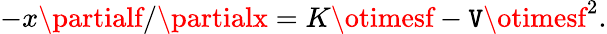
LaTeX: -x\partialf/\partialx=K\otimesf-\mathtt{V}\otimesf^{2}.